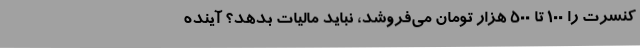
کنسرت را 100 تا 500 هزار تومان می‌فروشد، نباید مالیات بدهد؟ آینده